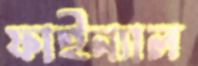
ফাইন্যাল